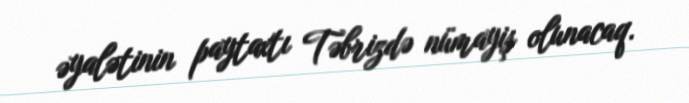
əyalətinin paytaxtı Təbrizdə nümayiş olunacaq.